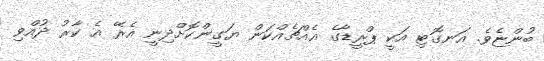
ބުންޏެވެ. އަނގޮޓި އަކީ ޕްރީޑާގެ އެއްޗެއްކަން ޔަގީންކޮށްދިނީ އެރޭ އެ ކާރު ދުއްވި